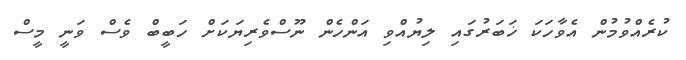
ކުރެއްވުމުން އެވާހަކަ ޚަބަރުގައި ލިޔުއްވި އަންހެން ނޫސްވެރިޔަކަށް ހަބީބް ވެސް ވަނީ މީސް